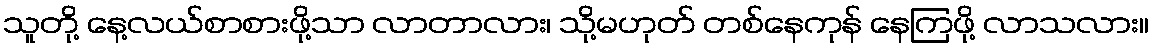
သူတို့ နေ့လယ်စာစားဖို့သာ လာတာလား၊ သို့မဟုတ် တစ်နေကုန် နေကြဖို့ လာသလား။